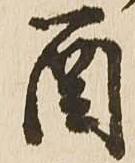
酉